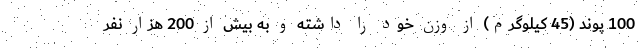
100 پوند (45 کیلوگرم) از وزن خود را داشته و به بیش از 200 هزار نفر